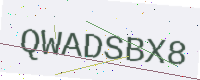
Text: QWADSBX8